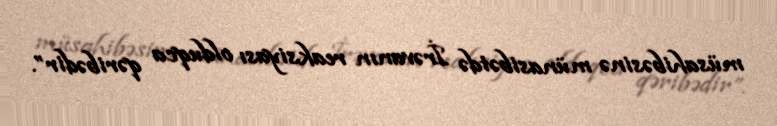
müsahibəsinə münasibətdə İrəvanın reaksiyası olduqca qəribədir”.